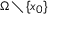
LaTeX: \scriptstyle \Omega \, \setminus \, \{ x _ { 0 } \}